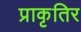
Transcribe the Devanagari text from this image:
प्राकृतिर